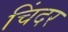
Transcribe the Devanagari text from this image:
चिंदर